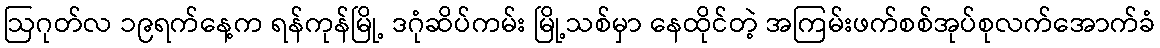
ဩဂုတ်လ ၁၉ရက်နေ့က ရန်ကုန်မြို့ ဒဂုံဆိပ်ကမ်း မြို့သစ်မှာ နေထိုင်တဲ့ အကြမ်းဖက်စစ်အုပ်စုလက်အောက်ခံ